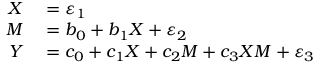
\begin{array} { r l } { X } & { { } = \varepsilon _ { 1 } } \\ { M } & { { } = b _ { 0 } + b _ { 1 } X + \varepsilon _ { 2 } } \\ { Y } & { { } = c _ { 0 } + c _ { 1 } X + c _ { 2 } M + c _ { 3 } X M + \varepsilon _ { 3 } } \end{array}